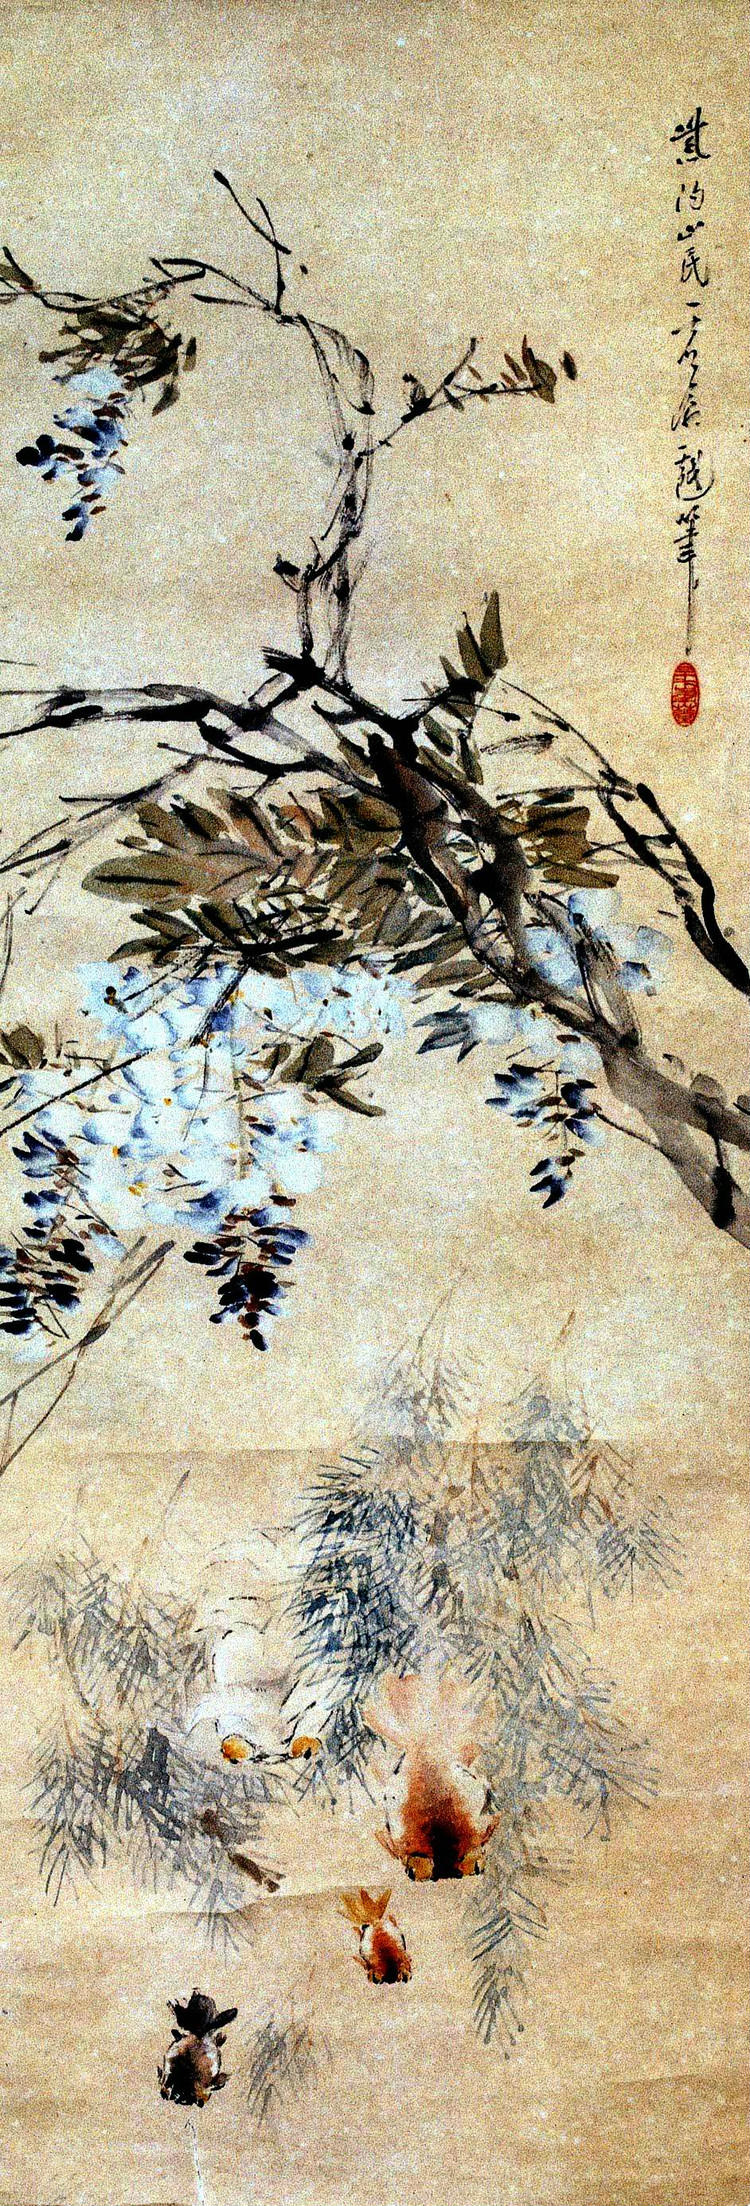
水浊则鱼困，令苛则民乱。